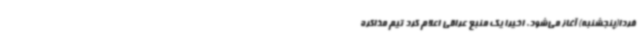
فردا(پنجشنبه)‌ آغاز می‌شود. اخیرا یک منبع عراقی اعلام کرد تیم مذاکره